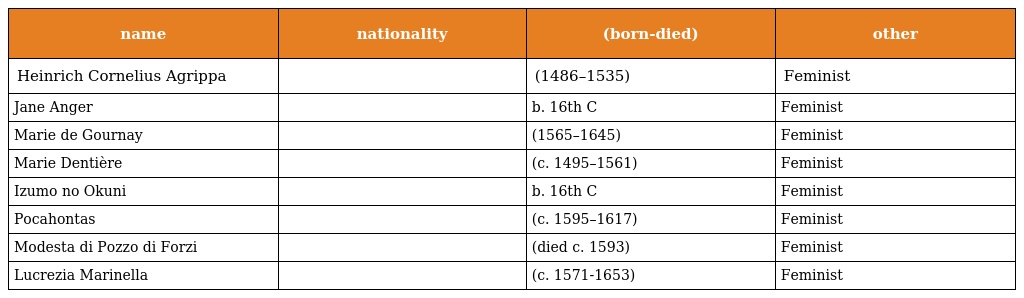
| name | nationality | (born-died) | other |
 | --- | --- | --- | --- |
 | Heinrich Cornelius Agrippa |  | (1486–1535) | Feminist |
 | Jane Anger |  | b. 16th C | Feminist |
 | Marie de Gournay |  | (1565–1645) | Feminist |
 | Marie Dentière |  | (c. 1495–1561) | Feminist |
 | Izumo no Okuni |  | b. 16th C | Feminist |
 | Pocahontas |  | (c. 1595–1617) | Feminist |
 | Modesta di Pozzo di Forzi |  | (died c. 1593) | Feminist |
 | Lucrezia Marinella |  | (c. 1571-1653) | Feminist |